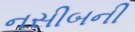
નસીબની